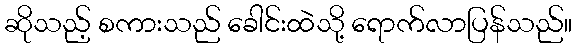
ဆိုသည့် စကားသည် ခေါင်းထဲသို့ ရောက်လာပြန်သည်။